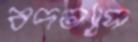
বদভ্যাস